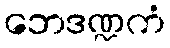
ဘေဒဏ္ဍကံ